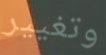
وتغيير